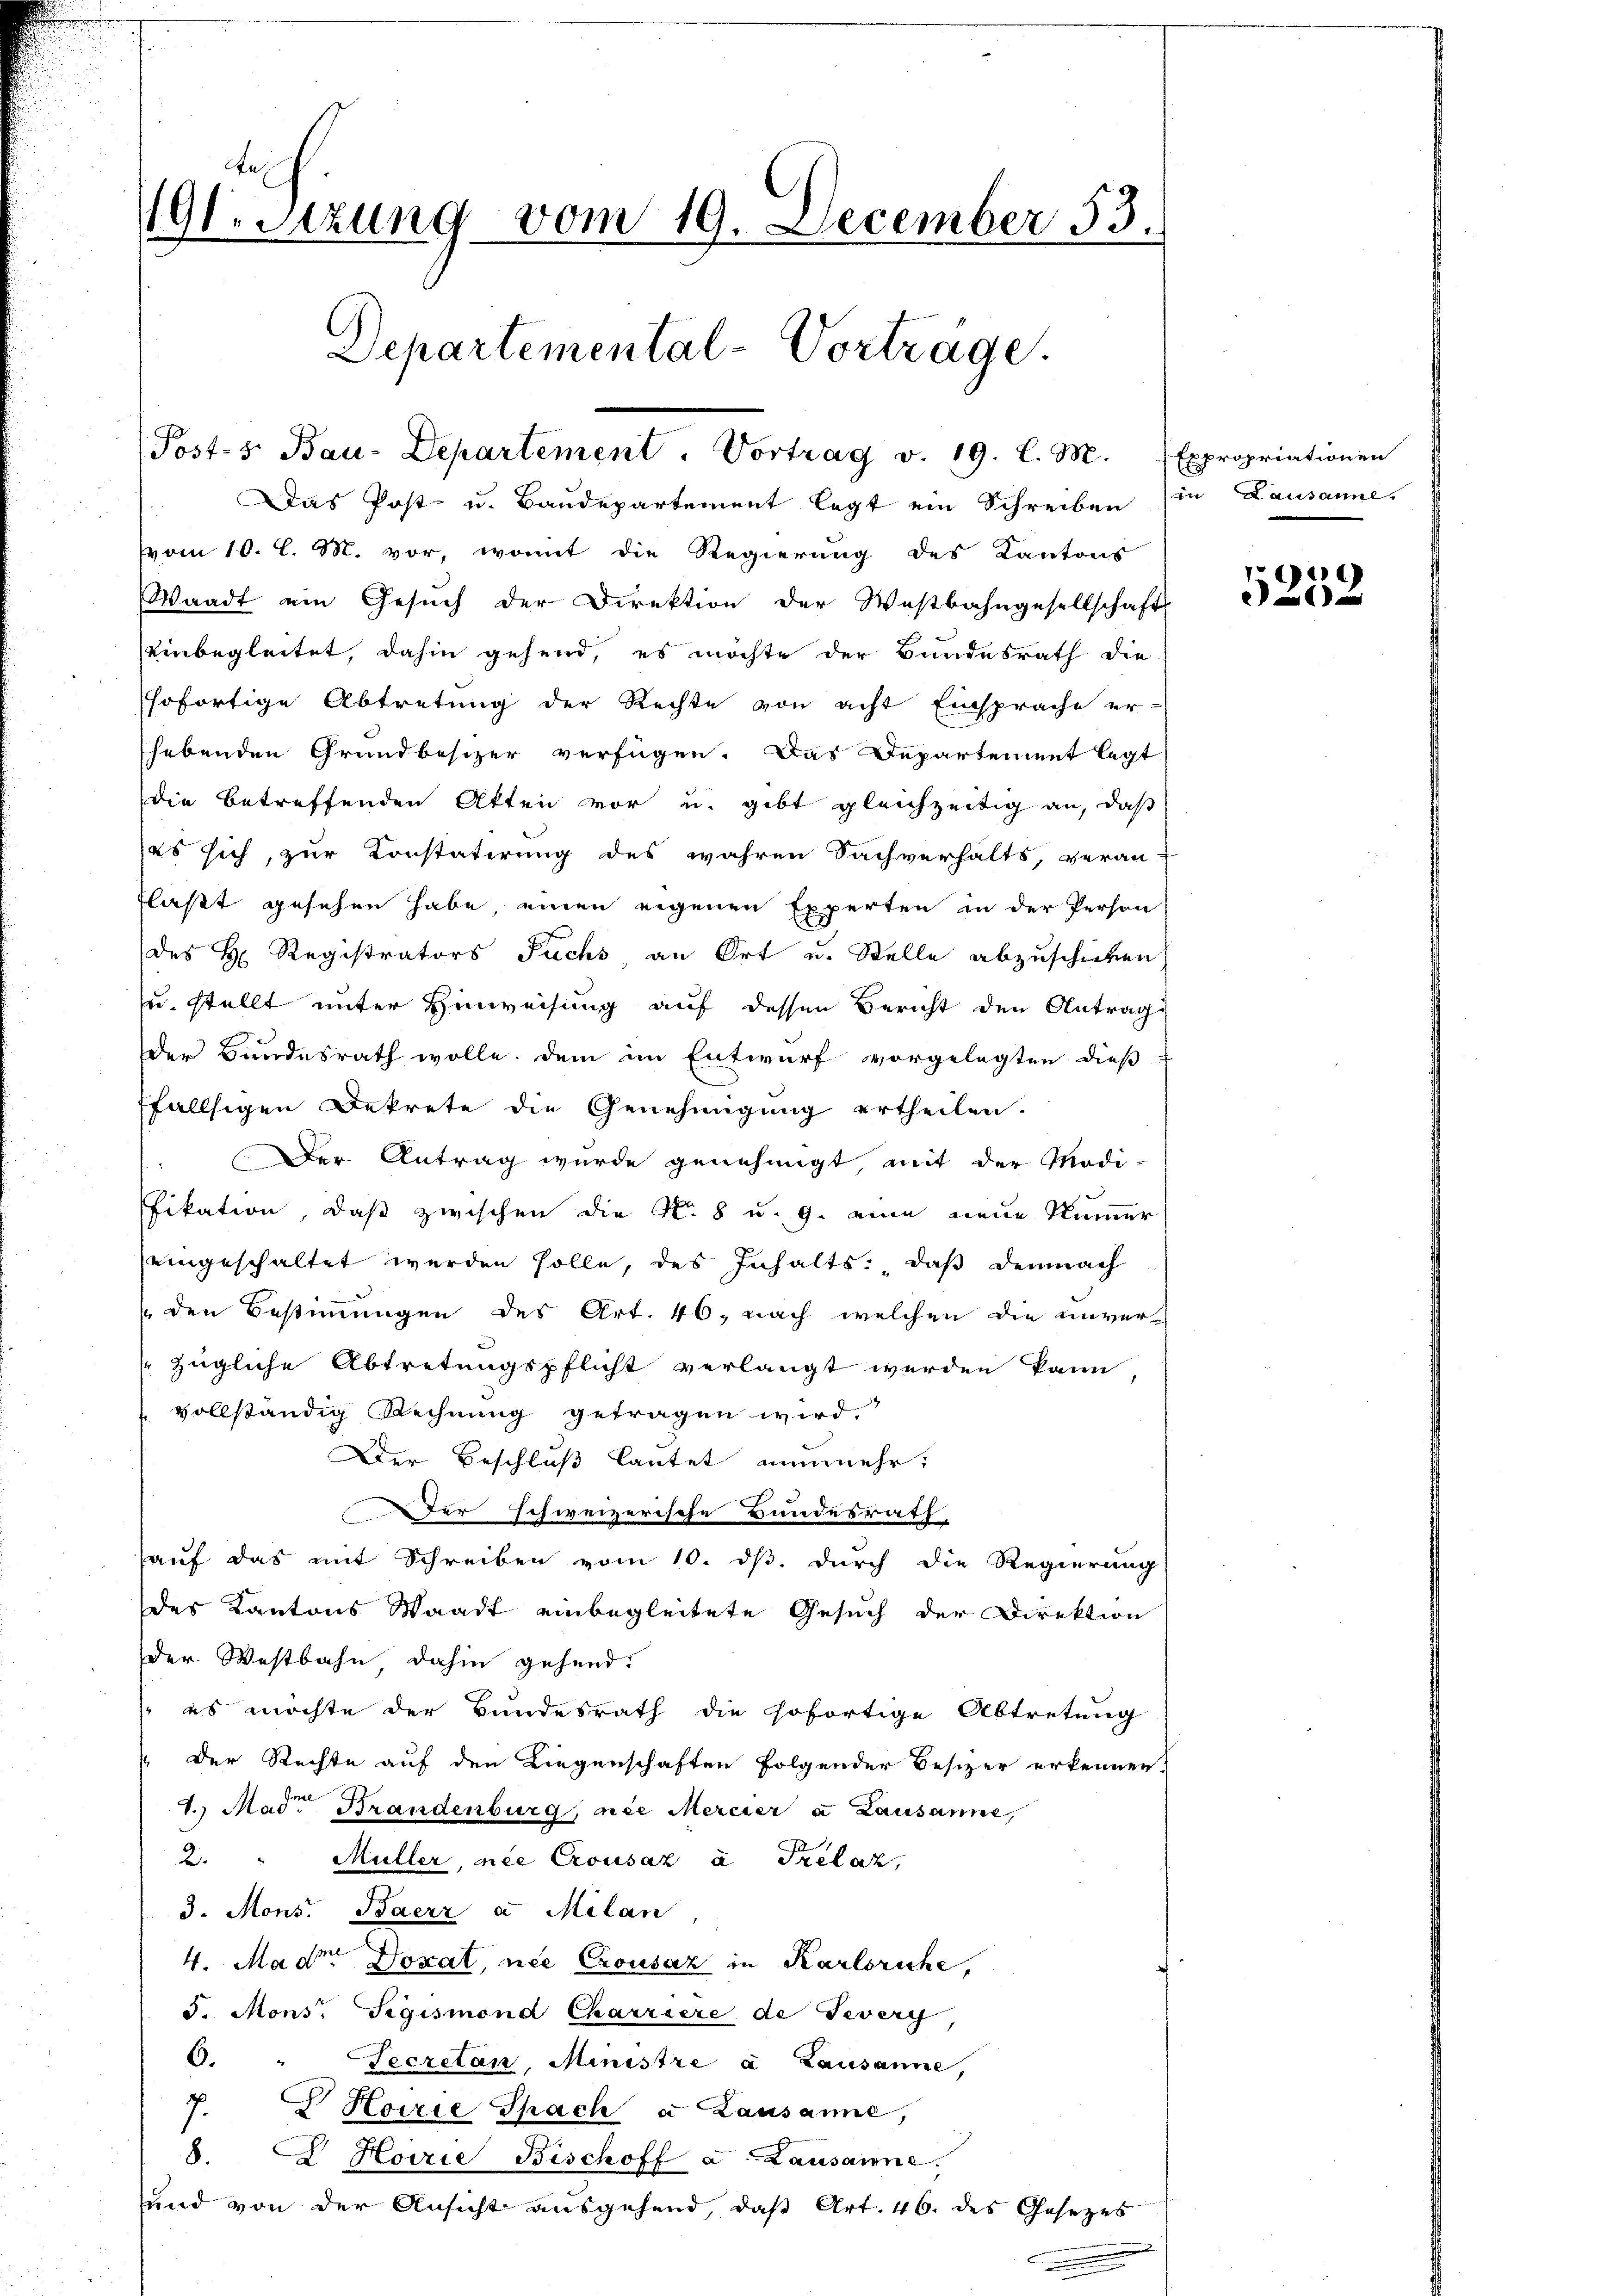
n
191. Sitzung vom 19. December 53.
Departemental-Vorträge.
(Posts Bau-Departement. Vortrag v. 19. l. M. (Expropriationen

Das Post u. Baudepartement legt ein Schreiben
vom 10. l. M. vor, womit die Regierung des Kantons
Waadt ein Gesŭch der Direktion der Westbahngesellschafts
einbegleitet, dahin gehend, es möchte der Bundesrath die
sofortige Abtretung der Rechte von acht Einsprache er-
hebenden Grundbesizer verfügen. Das Departement legt
die betreffenden Akten vor u. gibt gleichzeitig an, daß
es sich, zur Konstatirung des wahren Sachverhälts, veran-
laßt gesehen habe, einen eigenen Experten in der Person
des H. Registrators Fuchs an Ort u. Stelle abzuschieben
u. stellt unter Hinweisung auf dessen Bericht den Antrage
Der Bundesrath wolle, dem im Entwurf vorgelegten dieß-
ffallsigen Dekrete die Genehmigŭng ertheilen.
Der Antrag wurde genehmigt, mit der Modi-

fikation, daß zwischen die N. 8 u. 9. eine neue Kammer
eingeschaltet werden solle, des Inhalts: daß demnach
(den Bestimmungen des Art. 46, nach welchen die unver-
zügliche Abtretungspflicht verlangt werden kann
vollständig Rechnung getragen wird.
Der Beschluß lautet nunmehr,
Der schweizerische Bundesrath,
hauf das mit Schreiben vom 10. dß. durch die Regierung
des Kantons Waadt einbegleitete Gesuch der Direktion
der Westbahn dahin gehend.
 es möchte der Bundesrath die sofortige Abtretung
Der Rechte auf den Liegenschaften folgender Besizer erkennen,
4. Mad. Brandenburg, nie Mercier a Lausanne,
2. " Müller, nie Crousaz à Trelaz,
3. Mons. Baerz a. Milan
4. Mad. Doxat, nee Crousaz in Karlsruhe,
5. Mons. Sigismond Charriere de Feverg
6. " Secretan, Ministre à Lausanne,
7.   Hoirie Sprach a Lausanne,
8.   Hoirie Bischoff a Lausanne.
ŭnd von der Ansicht aŭsgehend, daβ Art. 46. des Gesetzes

in Hausanne.

26)
a